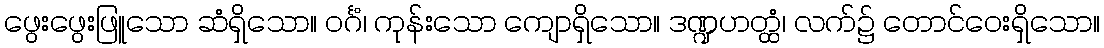
ဖွေးဖွေးဖြူသော ဆံရှိသော။ ဝင်္ဂံ၊ ကုန်းသော ကျောရှိသော။ ဒဏ္ဍဟတ္ထံ၊ လက်၌ တောင်ဝေးရှိသော။